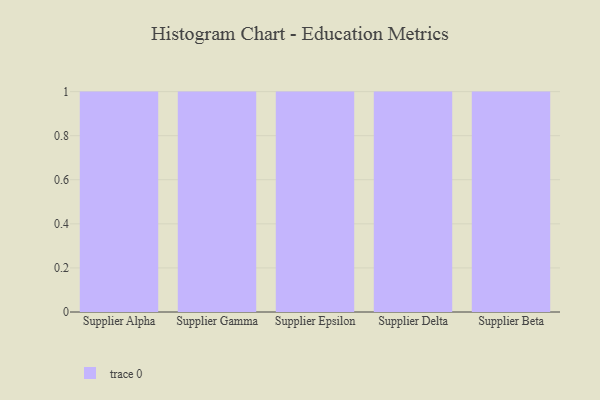
{"axis": {"x": "Supplier", "y": "Backlog"}, "legend": [""], "data": [{"x": "Supplier Alpha", "y": 67, "type": ""}, {"x": "Supplier Gamma", "y": 6, "type": ""}, {"x": "Supplier Epsilon", "y": 85, "type": ""}, {"x": "Supplier Delta", "y": 72, "type": ""}, {"x": "Supplier Beta", "y": 10, "type": ""}]}